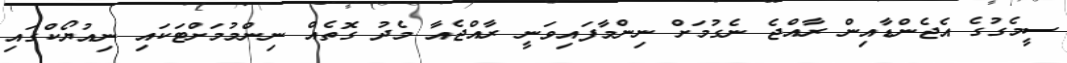
ސީމެގުގެ އެޖެންޑާއިން ރާއްޖެ ނެގުމަށް ނިންމާފައިވަނީ ރާއްޖެއާ މެދު ގޮތެއް ނިންމުމަށްޓަކައި ނިއުޔޯކްގައި